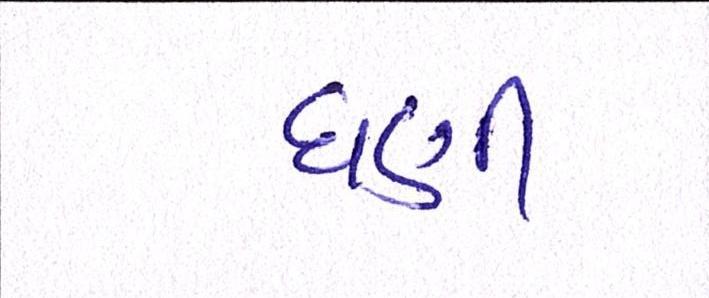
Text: ઘણી